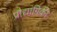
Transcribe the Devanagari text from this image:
प्रौद्यांगिकी